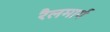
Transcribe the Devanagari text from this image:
रैलमार्ग